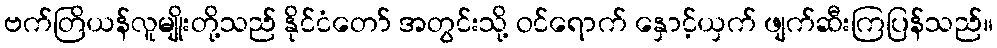
ဗက်တြိယန်လူမျိုးတို့သည် နိုင်ငံတော် အတွင်းသို့ ဝင်ရောက် နှောင့်ယှက် ဖျက်ဆီးကြပြန်သည်။